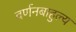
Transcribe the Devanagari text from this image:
वर्णनबाहुल्य